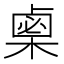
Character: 𣗴